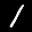
Label: 1